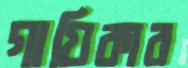
গায়িকার